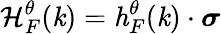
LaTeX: \mathcal{H}_{F}^{\theta}(\textbf{\textit{k}})=\textbf{\textit{h}}_{F}^{\theta}(\textbf{\textit{k}})\cdot\boldsymbol{\sigma}